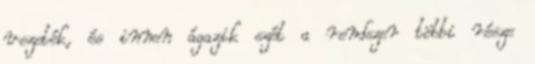
vezeték, és innen ágazik szét a rendszer többi része